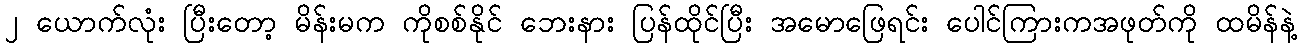
၂ ယောက်လုံး ပြီးတော့ မိန်းမက ကိုစစ်နိုင် ဘေးနား ပြန်ထိုင်ပြီး အမောဖြေရင်း ပေါင်ကြားကအဖုတ်ကို ထမိန်နဲ့